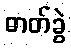
ဓာတ်ခွဲ